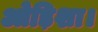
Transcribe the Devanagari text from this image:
ओड़िशा।